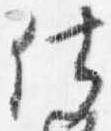
仕